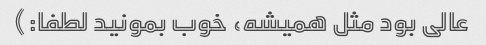
عالی بود مثل همیشه، خوب بمونید لطفا:)